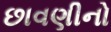
છાવણીનો